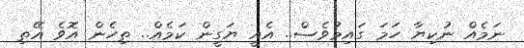
ނަމެއް ނުކިޔާ ހަމަ ގައިމުވެސް.. އެއީ ޔަގީން ކަމެއް.. ތިހެން އޮވެ އޭތި